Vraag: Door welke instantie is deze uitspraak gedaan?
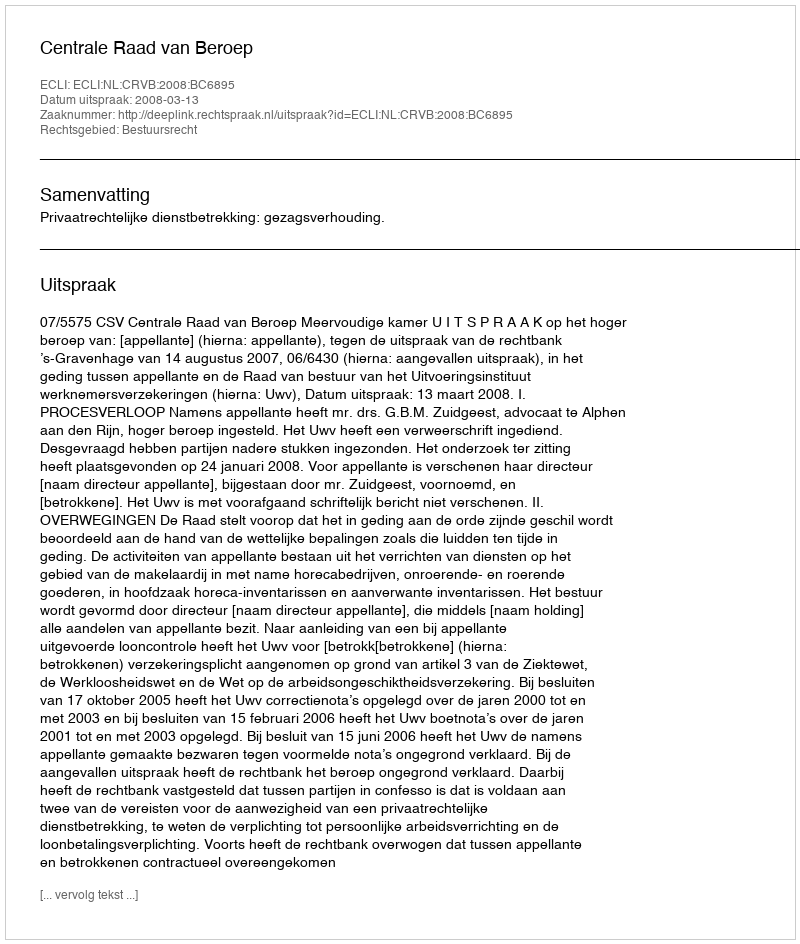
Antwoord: Centrale Raad van Beroep